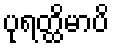
ပုရတ္ထိမာပိ